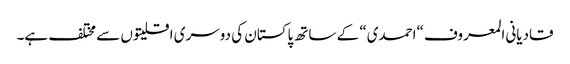
قادیانی المعروف “احمدی“ کے ساتھ پاکستان کی دوسری اقلیتوں سے مختلف ہے۔